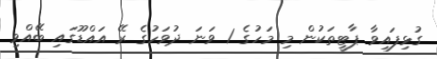
ގުޅިފައިވާ ޕާޓީތަކުން މި މަހުގެ 1 ވަނަ ދުވަހުގެ ރޭ އައްޑޫގައި ބޭއްވި